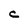
Character: C